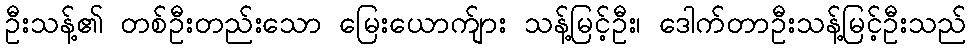
ဦးသန့်၏ တစ်ဦးတည်းသော မြေးယောက်ျား သန့်မြင့်ဦး၊ ဒေါက်တာဦးသန့်မြင့်ဦးသည်